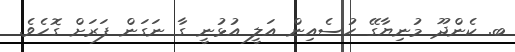
ބ. ކެންދޫ މުނިޔާގޭ ހުސެއިން އަލީ އުޅުނީ ގާ ނަގަން ފަރަށް ގޮހެވެ.